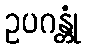
ဥပဂန္တုံ